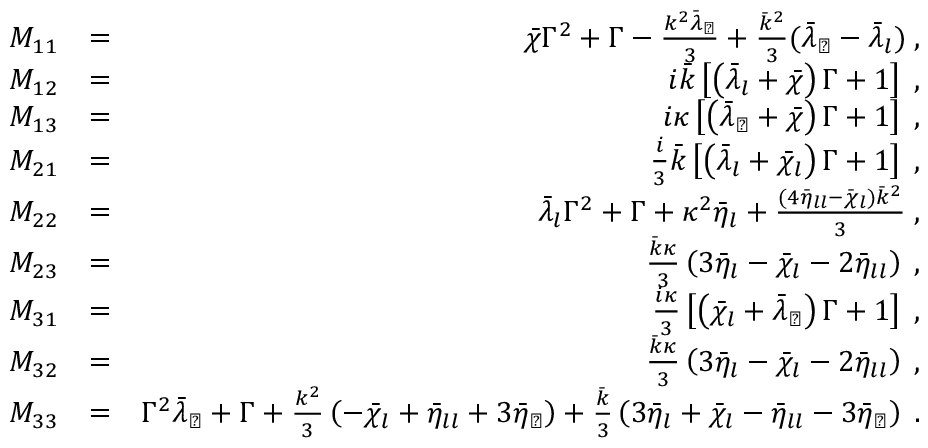
\begin{array} { r l r } { M _ { 1 1 } } & { = } & { \bar { \chi } \Gamma ^ { 2 } + \Gamma - \frac { k ^ { 2 } \bar { \lambda } _ { \perp } } { 3 } + \frac { \bar { k } ^ { 2 } } { 3 } ( \bar { \lambda } _ { \perp } - \bar { \lambda } _ { l } ) \; , } \\ { M _ { 1 2 } } & { = } & { i \bar { k } \left[ \left( \bar { \lambda } _ { l } + \bar { \chi } \right) \Gamma + 1 \right] \; , } \\ { M _ { 1 3 } } & { = } & { i \kappa \left[ \left( \bar { \lambda } _ { \perp } + \bar { \chi } \right) \Gamma + 1 \right] \; , } \\ { M _ { 2 1 } } & { = } & { \frac { i } { 3 } \bar { k } \left[ \left( \bar { \lambda } _ { l } + \bar { \chi } _ { l } \right) \Gamma + 1 \right] \; , } \\ { M _ { 2 2 } } & { = } & { \bar { \lambda } _ { l } \Gamma ^ { 2 } + \Gamma + \kappa ^ { 2 } \bar { \eta } _ { l } + \frac { ( 4 \bar { \eta } _ { l l } - \bar { \chi } _ { l } ) \bar { k } ^ { 2 } } { 3 } \; , } \\ { M _ { 2 3 } } & { = } & { \frac { \bar { k } \kappa } { 3 } \left( 3 \bar { \eta } _ { l } - \bar { \chi } _ { l } - 2 \bar { \eta } _ { l l } \right) \; , } \\ { M _ { 3 1 } } & { = } & { \frac { i \kappa } { 3 } \left[ \left( \bar { \chi } _ { l } + \bar { \lambda } _ { \perp } \right) \Gamma + 1 \right] \; , } \\ { M _ { 3 2 } } & { = } & { \frac { \bar { k } \kappa } { 3 } \left( 3 \bar { \eta } _ { l } - \bar { \chi } _ { l } - 2 \bar { \eta } _ { l l } \right) \; , } \\ { M _ { 3 3 } } & { = } & { \Gamma ^ { 2 } \bar { \lambda } _ { \perp } + \Gamma + \frac { k ^ { 2 } } { 3 } \left( - \bar { \chi } _ { l } + \bar { \eta } _ { l l } + 3 \bar { \eta } _ { \perp } \right) + \frac { \bar { k } } { 3 } \left( 3 \bar { \eta } _ { l } + \bar { \chi } _ { l } - \bar { \eta } _ { l l } - 3 \bar { \eta } _ { \perp } \right) \; . } \end{array}